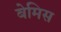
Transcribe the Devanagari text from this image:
बेमिस